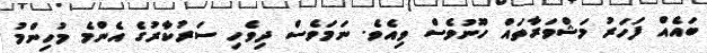
ބައެއް ފަހަރު މަޝްވަރާތައް ހޫނުވެސް ވިއެވެ. ނަމަވެސް ދިވެހި ސަރުކާރުގެ އެންމެ މުހިންމު